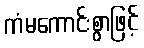
ကံမကောင်းစွာဖြင့်